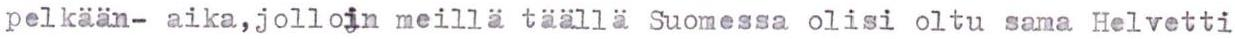
pelkään- aika,jolloin meillä täällä Suomessa olisi oltu sama Helvetti